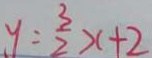
y = \frac { 3 } { 2 } x + 2